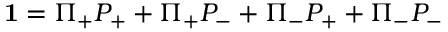
{ \bf 1 } = \Pi _ { + } P _ { + } + \Pi _ { + } P _ { - } + \Pi _ { - } P _ { + } + \Pi _ { - } P _ { - }